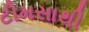
ટીમસાથી